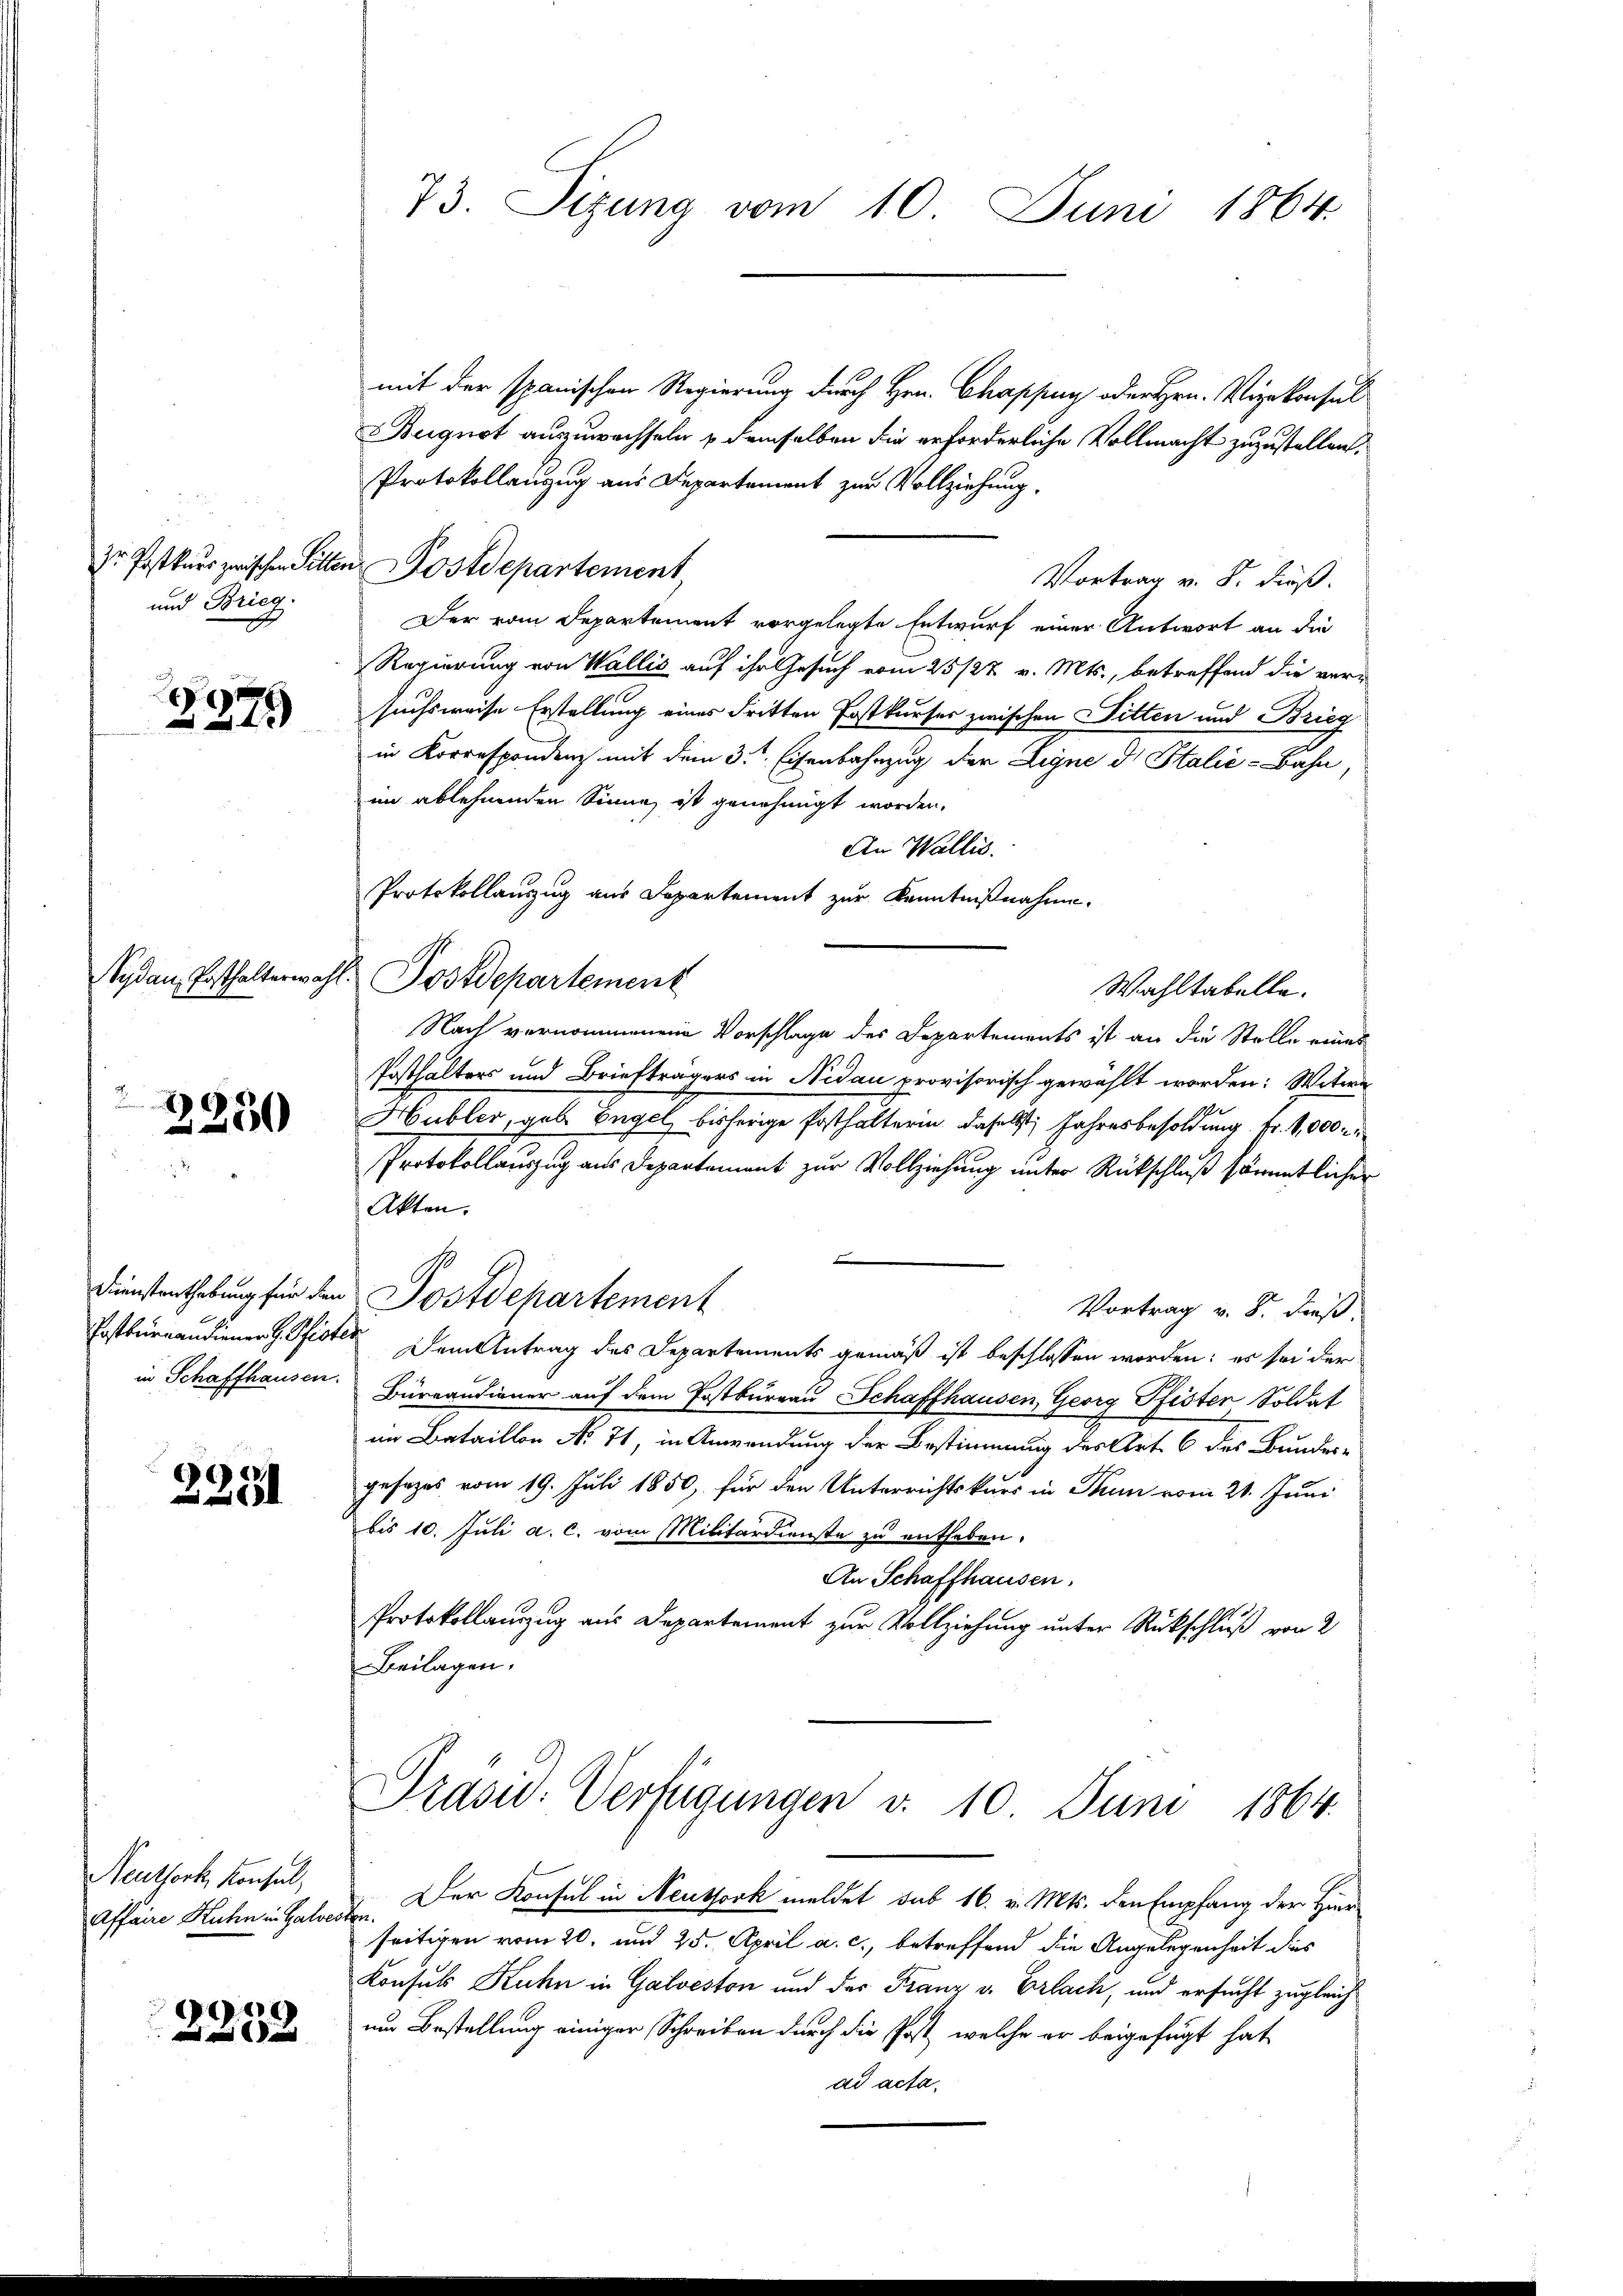
Dr. Postkurs zwischen Sitter
und Brieg.

2979

250

2231

Neuthork, Konsul,
Affaire Kuhn in Galver

.

73. Sizung vom 10. Juni 1864.

mit der spanischen Regierung durch Hrn. Chappuy oder Hrn. Vizekonsul
Buignot auszuwachseln u demselben die erforderliche Vollmacht zuzustellen,
Protokollanzug aus Departement zur Vollziehung.
in Postdepartement
Vortrag v. 8. dieß.
Der vom Departement vorgelegte Entwurf einer Antwort an die
Regierung von Wallis auf ihr Gesuch vom 25/22. v. Mts., betreffend die ver-
suchsweise Erstellung eines dritten Postkurses zwischen Fitten und Brieg
in Korrespondenz mit dem 3. Eisenbahnzug der Legne d. Stalić-Bahn,
im ablehnenden Sinne ist genehmigt worden.
An Wallis.
Protokollauszug aus Departement zur Kenntnißnahme.
Nach vernommenen Vorschlage des Departements ist an die Stelle eines
Posthalters und Briefträgers in Nidau provisorisch gewählt worden: Witwe
Hubler, geb. Engel, bisherige Posthalterin daselbst, Jahresbesoldung Fr. 1,000
Protokollauszug aus Departement zur Vollziehung unter Rückschluß sämmtlicher
Akten.
Dienstenthebung für den Postdepartement
Vortrag v. 8. dieß,
Postkurandiener H. Pfister.  Dem Antrag des Departements gemäß ist beschlossen worden: es sei der
in Schaffhausen. Büreandiener auf dem Postbureau Schaffhausen, Georg Pfister Soldat
im Bataillon No 71, in Anwendung der Bestimmung des Art. 6 des Bundes-
gesezes vom 19. Juli 1850, für den Unterrichtskurs in Tun vom 21. Juni
bis 10. Juli a. c. vom Militärdienste zu entheben.
An Schaffhausen.
Protokollauszug aus Departement zur Vollziehung unter Rückschluß von 2
Beilagen.

Sydau, Posthalterwahl Postdepartement

Wahltabelle.

Präsid. Verfügungen v. 10 Juni 1864.

den. Der Konsul in Neuthork meldet sub 16. v. Mts. den Empfang der Hier
seitigen vom 20. und 25. April a. c., betreffend die Angelegenheit dies
Konsuls Kuhn in Galveston und der Franz v. Erlach, und ersucht zugleich
um Bestellung einiger Schreiben durch die Post, welche er beigefügt hat
ad acta.